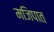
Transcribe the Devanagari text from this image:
मजिपात